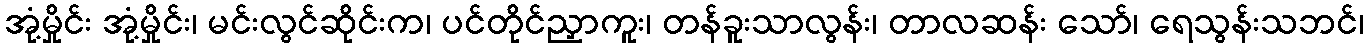
အုံ့မှိုင်း အုံ့မှိုင်း၊ မင်းလွင်ဆိုင်းက၊ ပင်တိုင်ညှာကူး၊ တန်ခူးသာလွန်း၊ တာလဆန်း သော်၊ ရေသွန်းသဘင်၊